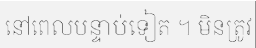
នៅពេលបន្ទាប់ទៀត ។ មិនត្រូវ